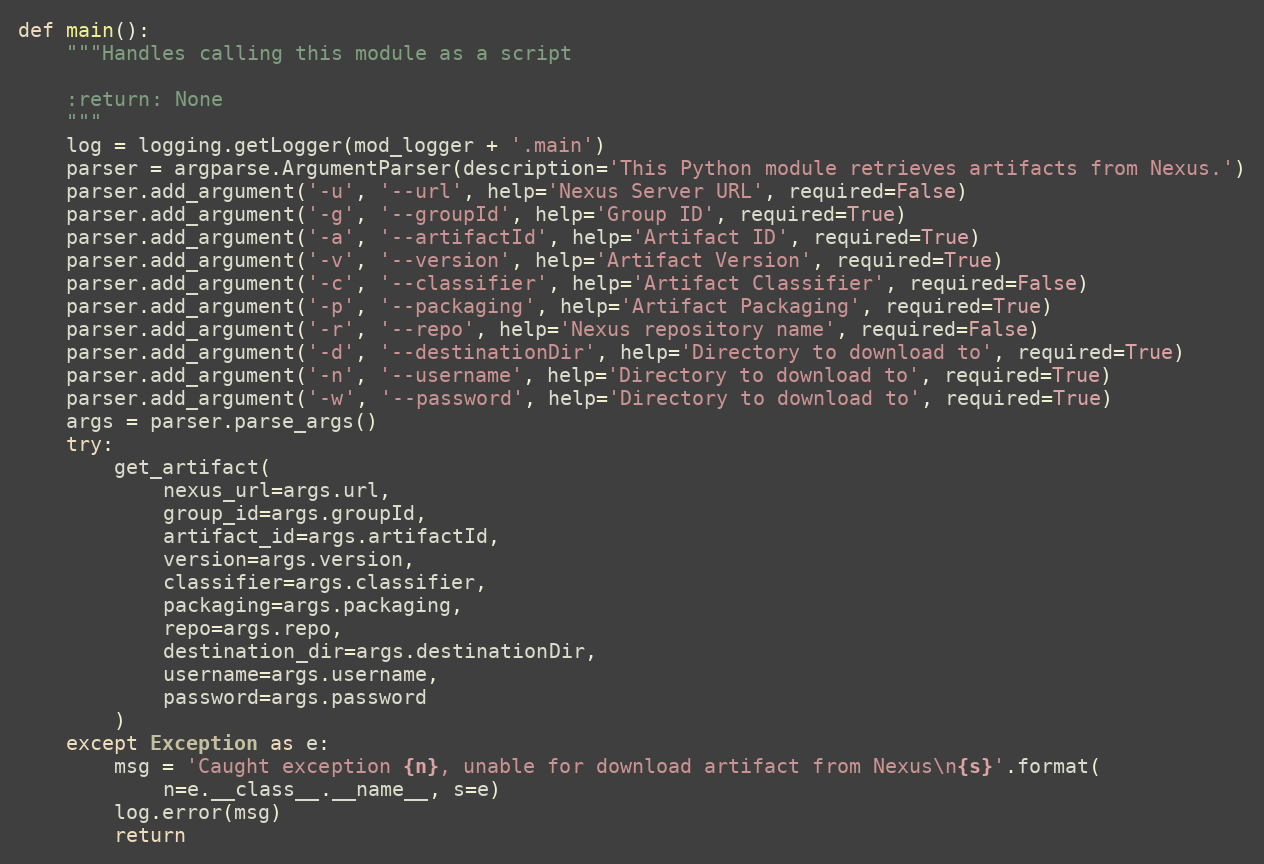
Language: Python
def main():
    """Handles calling this module as a script

    :return: None
    """
    log = logging.getLogger(mod_logger + '.main')
    parser = argparse.ArgumentParser(description='This Python module retrieves artifacts from Nexus.')
    parser.add_argument('-u', '--url', help='Nexus Server URL', required=False)
    parser.add_argument('-g', '--groupId', help='Group ID', required=True)
    parser.add_argument('-a', '--artifactId', help='Artifact ID', required=True)
    parser.add_argument('-v', '--version', help='Artifact Version', required=True)
    parser.add_argument('-c', '--classifier', help='Artifact Classifier', required=False)
    parser.add_argument('-p', '--packaging', help='Artifact Packaging', required=True)
    parser.add_argument('-r', '--repo', help='Nexus repository name', required=False)
    parser.add_argument('-d', '--destinationDir', help='Directory to download to', required=True)
    parser.add_argument('-n', '--username', help='Directory to download to', required=True)
    parser.add_argument('-w', '--password', help='Directory to download to', required=True)
    args = parser.parse_args()
    try:
        get_artifact(
            nexus_url=args.url,
            group_id=args.groupId,
            artifact_id=args.artifactId,
            version=args.version,
            classifier=args.classifier,
            packaging=args.packaging,
            repo=args.repo,
            destination_dir=args.destinationDir,
            username=args.username,
            password=args.password
        )
    except Exception as e:
        msg = 'Caught exception {n}, unable for download artifact from Nexus\n{s}'.format(
            n=e.__class__.__name__, s=e)
        log.error(msg)
        return